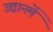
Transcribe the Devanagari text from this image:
उद्यानमें